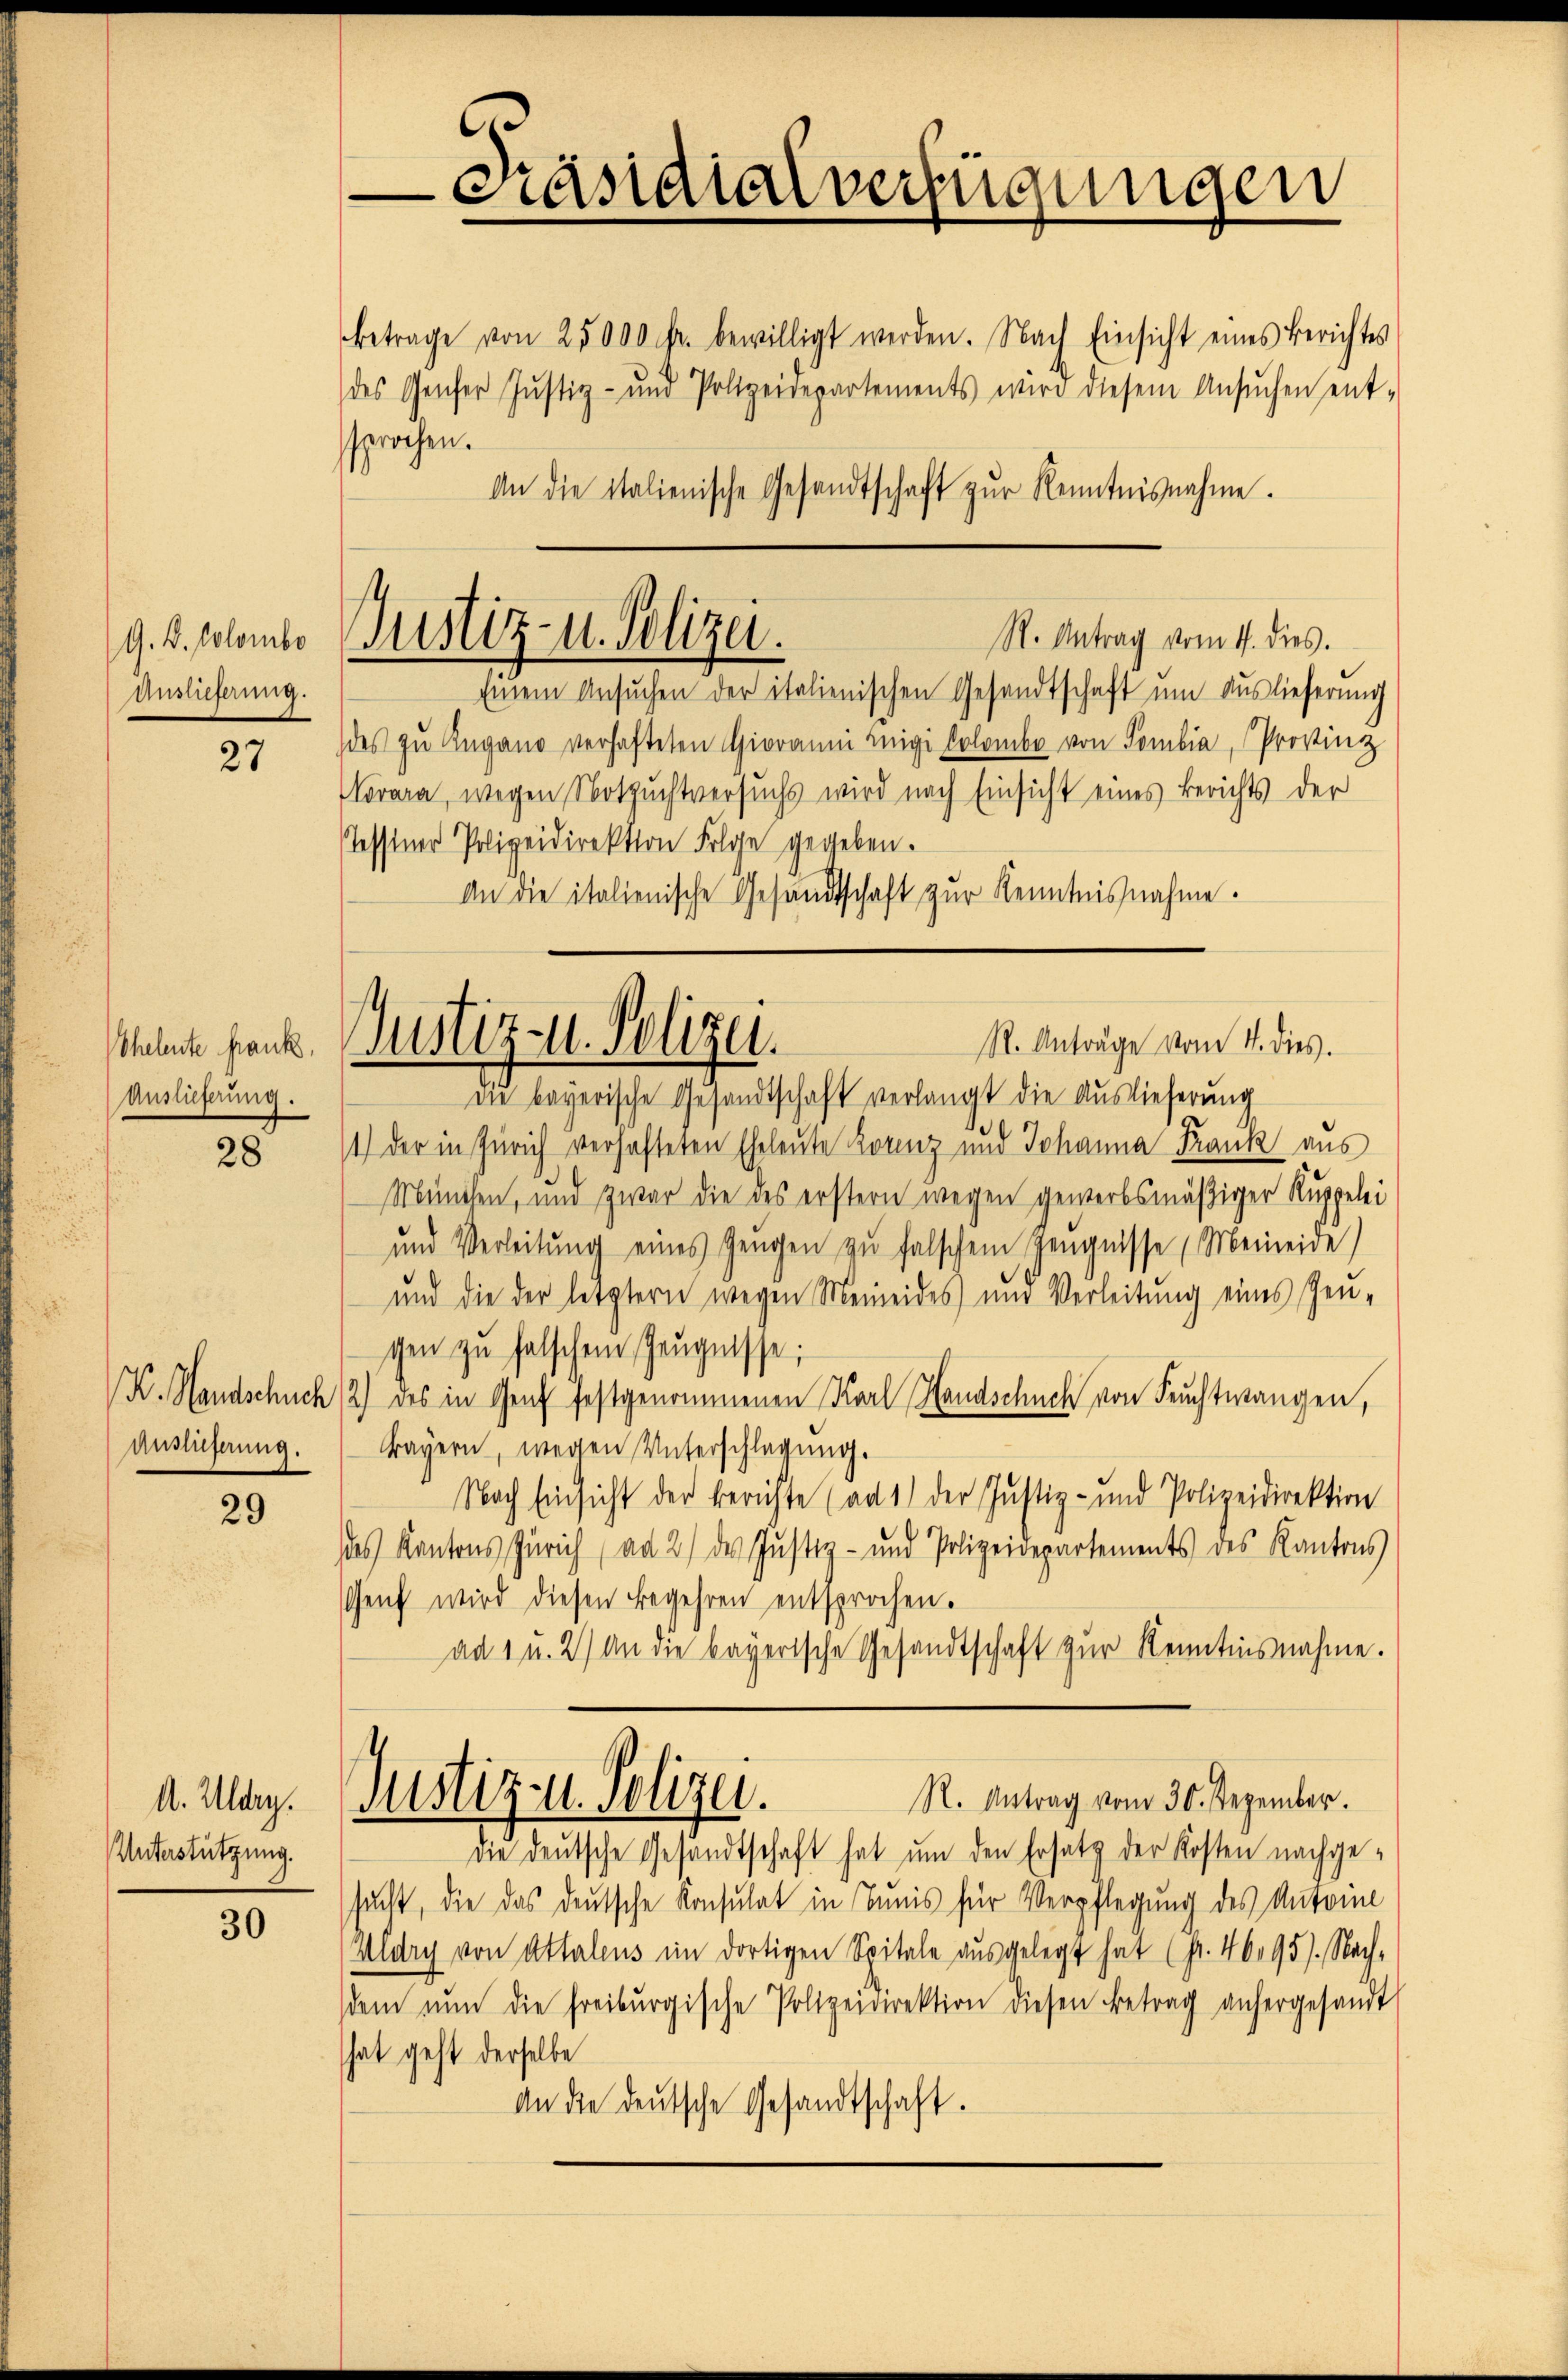
G. B. Colombo
Auslieferung.

27

Theleute frank,
Auslieferung.

28

V. Handschuch
Auslieferung.

29

A. Uldry.
Unterstützung.

30

Scandialverfügungen

betrage von 25000 r. bewilligt werden. Nach Einsicht eines Berichtes
des Genfer Justiz- und Polizeidepartements wird diesem Ansŭchen ent-
sprochen.
Einem Ansuchen der italienischen Gesandtschaft um Auslieferung
des zu Angang verhafteten Giovanni iigi Colombe von Sombia, Provinz
Vorara, wegen Notzuchtversuchs wird nach Einsicht eines Berichts der
stessener Polizeidirektion Folge gegeben.
An die italienische Gesandtschaft zur Kenntnisnahme.

An die italienische Gesandtschaft zur Kenntnisnahme.

Justiz- u. Polizei.
R. Antrag vom 1. dies.

Justiz- u. Polizei.
R. Anträge vom 4. dies.

die bayerische Gesandtschaft verlangt die Auslieferung
1) der in Zürich verhafteten Eheleute Kornz und Johanna Frank aus
München, und zwar die des erstern wegen gewerbsmäßiger Kuppelei
und Verleitŭng eines Zeugen zu falschem Zeugnisse Meineide
und die der letztern wegen Meineides nur Verleitung eines Zeu-
chen zu falschen Zeugnisse:
2) des in Genf festgenommenen Karl Handschuch von Feuchtwangen,
Bayern, wegen Unterschlagung.
Nach Einsicht der berichte (ad 1) der Justiz- und Polizeidirektion
des Kantons Zürich (ad 2) des Justiz- und Polizeidepartements des Kantons
Genf wird diesen Begehren entsprochen.
ad 1 u. 2) An die bayerische Gesandtschaft zur Kenntnisnahme.
Justiz- u. Polizei.
R. Antrag vom 30. Dezember.
die deutsche Gesandtschaft hat ŭm den Ersatz der Kosten nachge-
sacht, die das deutsche Konsulat in Tunis für Verpflegung des Antoine
Klary von Attalens im dortigen Spitale aŭsgelegt hat (pr. 4695). Nach-
dem nŭn die freiburgische Polizeidirektion diesen Betrag anhergesandt
hat geht derselbe
An die deutsche Gesandtschaft.